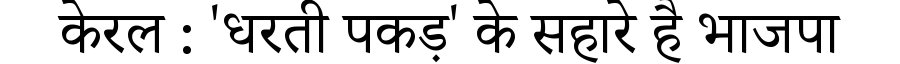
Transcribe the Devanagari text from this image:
केरल : 'धरती पकड़' के सहारे है भाजपा